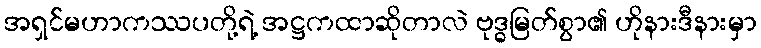
အရှင်မဟာကဿပတို့ရဲ့ အဋ္ဌကထာဆိုတာလဲ ဗုဒ္ဓမြတ်စွာ၏ ဟိုနားဒီနားမှာ